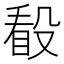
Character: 𣪦